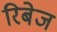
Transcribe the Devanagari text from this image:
रिबेज